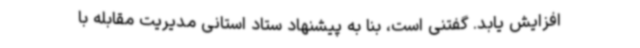
افزایش یابد. گفتنی است، بنا به پیشنهاد ستاد استانی مدیریت مقابله با